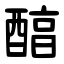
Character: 醕